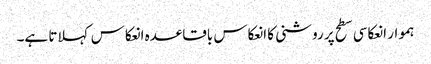
ہموار انعکاسی سطح پر روشنی کا انعکاس باقاعدہ انعکاس کہلاتا ہے۔